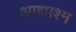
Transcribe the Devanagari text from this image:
आद्याश्म